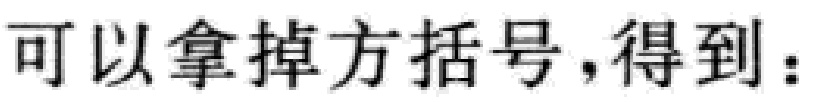
可以拿掉方括号,得到：